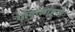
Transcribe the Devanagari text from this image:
गोकुलाष्टमी